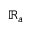
\mathbb { R } _ { a }